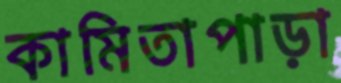
কামিতাপাড়া